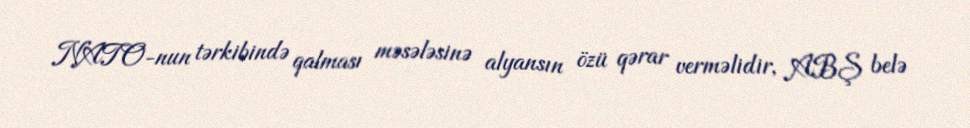
NATO-nun tərkibində qalması məsələsinə alyansın özü qərar verməlidir, ABŞ belə